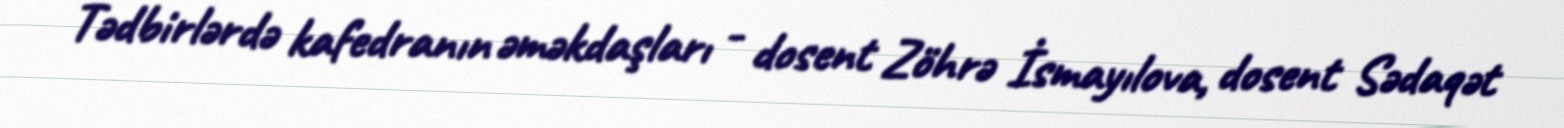
Tədbirlərdə kafedranın əməkdaşları - dosent Zöhrə İsmayılova, dosent Sədaqət